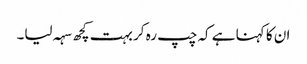
ان کا کہنا ہے کہ چپ رہ کر بہت کچھ سہہ لیا۔